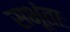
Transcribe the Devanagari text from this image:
सभूंताः